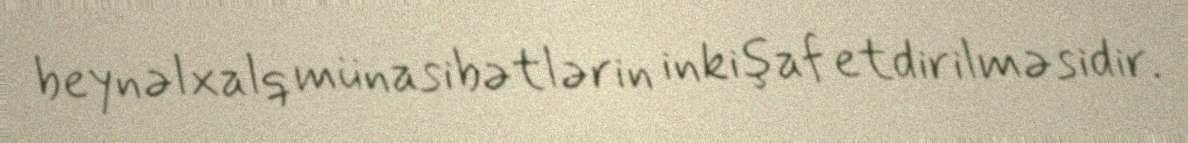
beynəlxalq münasibətlərin inkişaf etdirilməsidir.